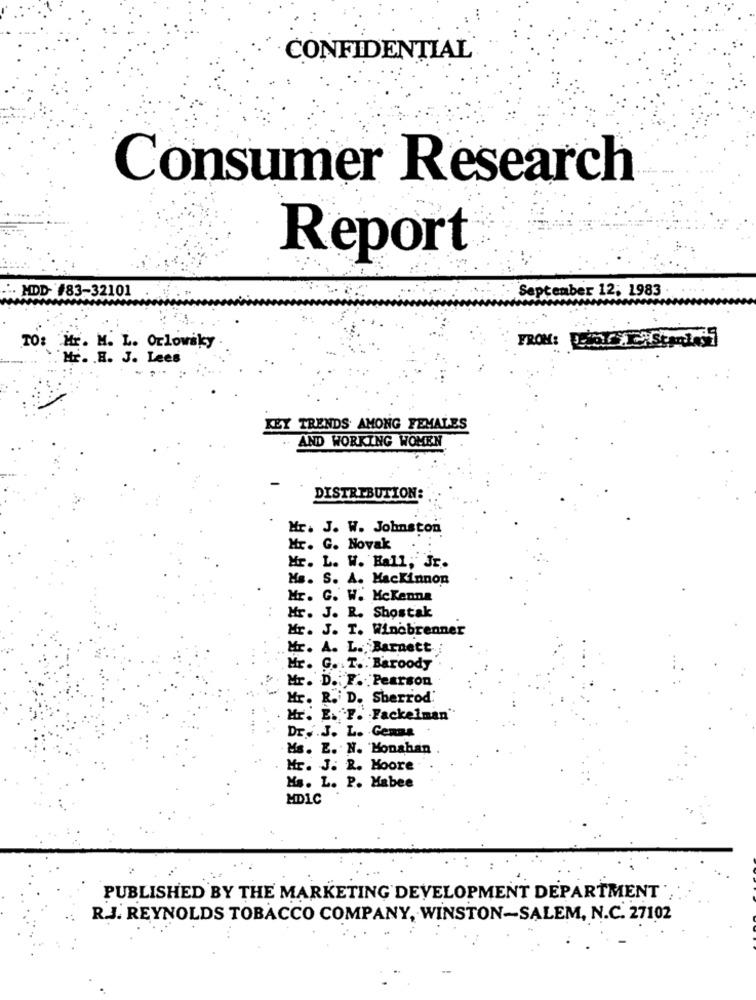
CONFIDENTIAL
Consumer Research
Report
.. MDD- #83-32101
September 12; 1983
TO: Hr. M. L. Orlowsky
Mr. . B. J. Lees
KEY TRENDS AMONG FEMALES
AND WORKING WOMEN
DISTRIBUTION:
Mr. J. W. Johnston
Mr. G. Novak
Mr. L. W. Hall, Jr.
Ms. S. A. Mackinnon
Mr. G. W. McKenna
Mr. J. R. Shostak
Mr. J. T. Winobrenner
Mr. A. L. Barnett
Mr. G. T. Baroody
Mr. D .: F. Pearson
Mr. R. D. Sherrod
Mr. E. F. Fackelman"
Dr. . J. L. Genma
Ms. E. N. Monahan
Mr. J. R. Moore
Ms. L. P. Habee
MD1C
PUBLISHED BY THE MARKETING DEVELOPMENT DEPARTMENT
R.J. REYNOLDS TOBACCO COMPANY, WINSTON-SALEM, N.C. 27102